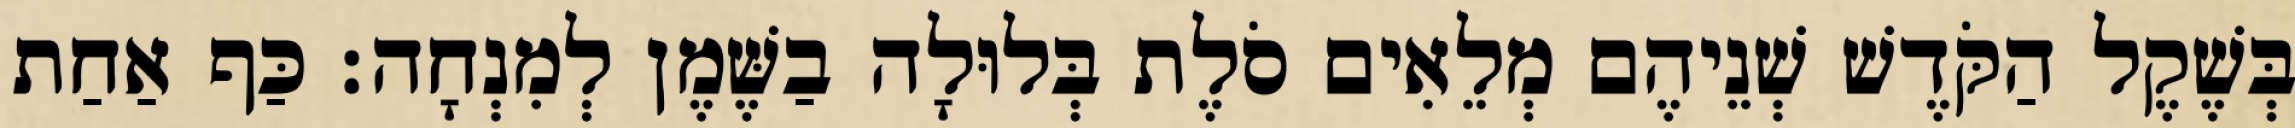
בְּשֶׁקֶל הַקֹּדֶשׁ שְׁנֵיהֶם מְלֵאִים סֹלֶת בְּלוּלָה בַשֶּׁמֶן לְמִנְחָה׃ כַּף אַחַת